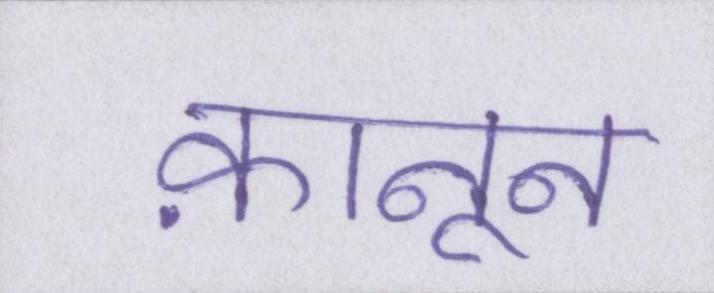
क़ानून